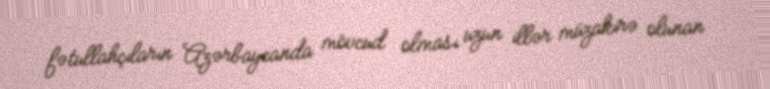
fətullahçıların Azərbaycanda mövcud olması uzun illər müzakirə olunan